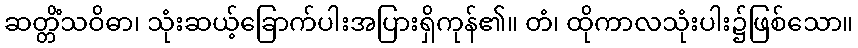
ဆတ္တိံသဝိဓာ၊ သုံးဆယ့်ခြောက်ပါးအပြားရှိကုန်၏။ တံ၊ ထိုကာလသုံးပါး၌ဖြစ်သော။